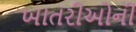
ખાતરીઓની